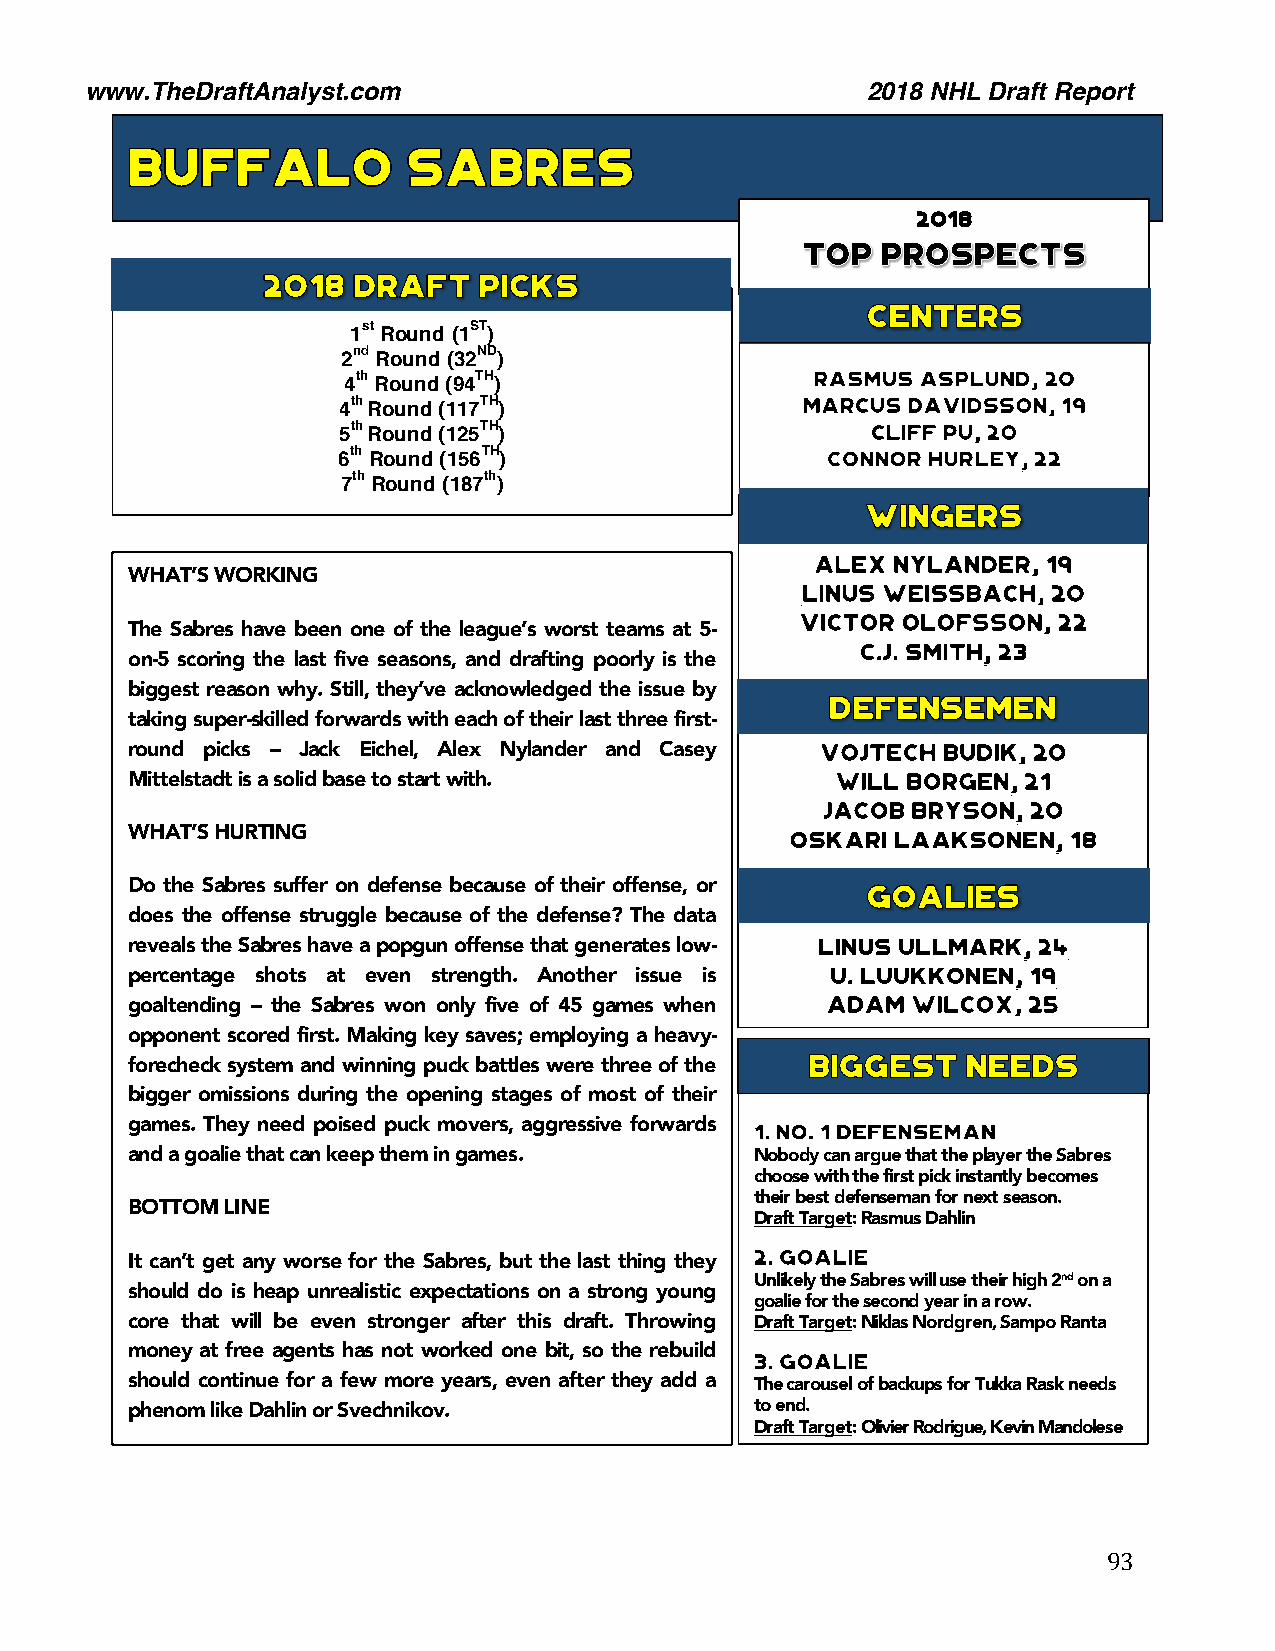
www.TheDraftAnalyst.com                            2018 NHL Draft Report
 2018
 1st Round (1ST)
 2nd Round (32ND)
 4th Round (94TH)
 4th Round (117TH)
 5th Round (125TH)
 6th Round (156TH)
 7th Round (187th)
 WHAT’S WORKING
 The Sabres have been one of the league’s worst teams at 5-
 on-5 scoring the last five seasons, and drafting poorly is the
 biggest reason why. Still, they’ve acknowledged the issue by
 taking super-skilled forwards with each of their last three first-
 round picks – Jack Eichel, Alex Nylander and Casey
 Mittelstadt is a solid base to start with.
 WHAT’S HURTING
 Do the Sabres suffer on defense because of their offense, or
 does the offense struggle because of the defense? The data
 reveals the Sabres have a popgun offense that generates low-
 percentage shots at even strength. Another issue is
 goaltending – the Sabres won only five of 45 games when
 opponent scored first. Making key saves; employing a heavy-
 forecheck system and winning puck battles were three of the
 bigger omissions during the opening stages of most of their
 games. They need poised puck movers, aggressive forwards
 and a goalie that can keep them in games. Nobody can argue that the player the Sabres
 choose with the first pick instantly becomes
 their best defenseman for next season.
 BOTTOM LINE
 Draft Target: Rasmus Dahlin
 34.
 It can’t get any worse for the Sabres, but the last thing they
 Unlikely the Sabres will use their high 2nd on a
 should do is heap unrealistic expectations on a strong young
 goalie for the second year in a row.
 core that will be even stronger after this draft. Throwing Draft Target: Niklas Nordgren, Sampo Ranta
 money at free agents has not worked one bit, so the rebuild
 should continue for a few more years, even after they add a The carousel of backups for Tukka Rask needs
 phenom like Dahlin or Svechnikov.         to end.
 Draft Target: Olivier Rodrigue, Kevin Mandolese
 93